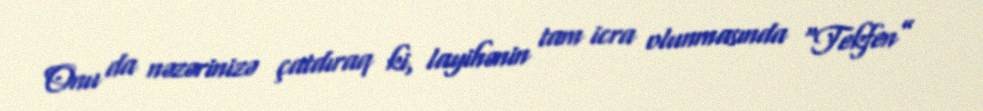
Onu da nəzərinizə çatdıraq ki, layihənin tam icra olunmasında “Tekfen”